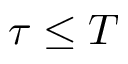
\tau \le T